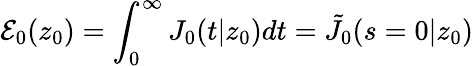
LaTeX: \mathcal{E}_{0}(z_{0})=\int_{0}^{\infty}J_{0}(t|z_{0})dt=\tilde{J}_{0}(s=0|z_{0})